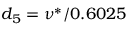
d _ { 5 } = \nu ^ { * } / 0 . 6 0 2 5